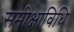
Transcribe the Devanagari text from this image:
समीक्षाविधि